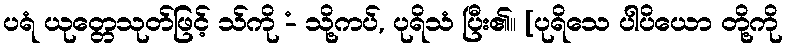
ပရံ ယုတ္တေသုတ်ဖြင့် သ်ကို -ံ သို့ကပ်, ပုရိသံ ပြီး၏။ [ပုရိသေ ပါပိယော တို့ကို